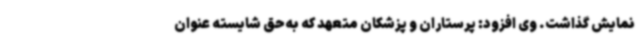
نمایش گذاشت. وی افزود: پرستاران و پزشکان متعهد که به‌حق شایسته عنوان